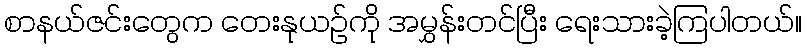
စာနယ်ဇင်းတွေက တေးနုယဉ်ကို အမွှန်းတင်ပြီး ရေးသားခဲ့ကြပါတယ်။